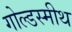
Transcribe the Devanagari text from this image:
गोल्डस्मीथ